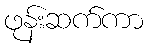
ဖုန်းဆက်ကာ